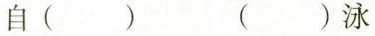
自（） （）泳